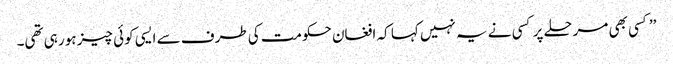
’’کسی بھی مرحلے پر کسی نے یہ نہیں کہا کہ افغان حکومت کی طرف سے ایسی کوئی چیز ہو رہی تھی۔